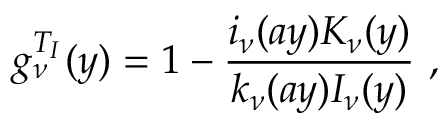
g _ { \nu } ^ { T _ { I } } ( y ) = 1 - { \frac { i _ { \nu } ( a y ) K _ { \nu } ( y ) } { k _ { \nu } ( a y ) I _ { \nu } ( y ) } } ~ ,